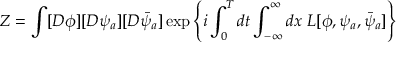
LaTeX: Z = \int [ D \phi ] [ D \psi _ { a } ] [ D \bar { \psi } _ { a } ] \exp \left\{ i \int _ { 0 } ^ { T } d t \int _ { - \infty } ^ { \infty } d x \ { \cal L } [ \phi , \psi _ { a } , \bar { \psi } _ { a } ] \right\}